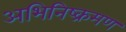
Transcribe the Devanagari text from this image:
अभिनिष्क्रमण